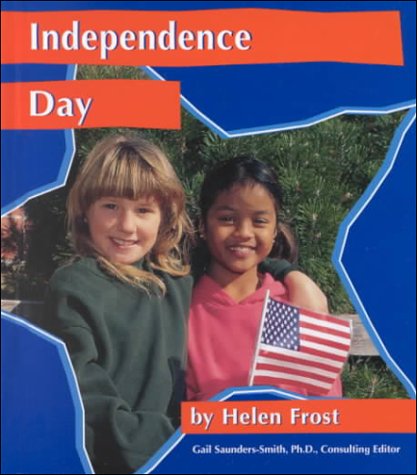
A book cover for Independence Day (National Holidays); Helen Frost; Children's Books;